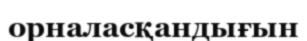
орналасқандығын